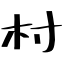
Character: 村